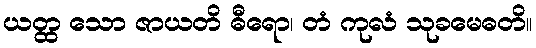
ယတ္ထ သော ဇာယတိ ဓီရော၊ တံ ကုလံ သုခမေဓတိ။